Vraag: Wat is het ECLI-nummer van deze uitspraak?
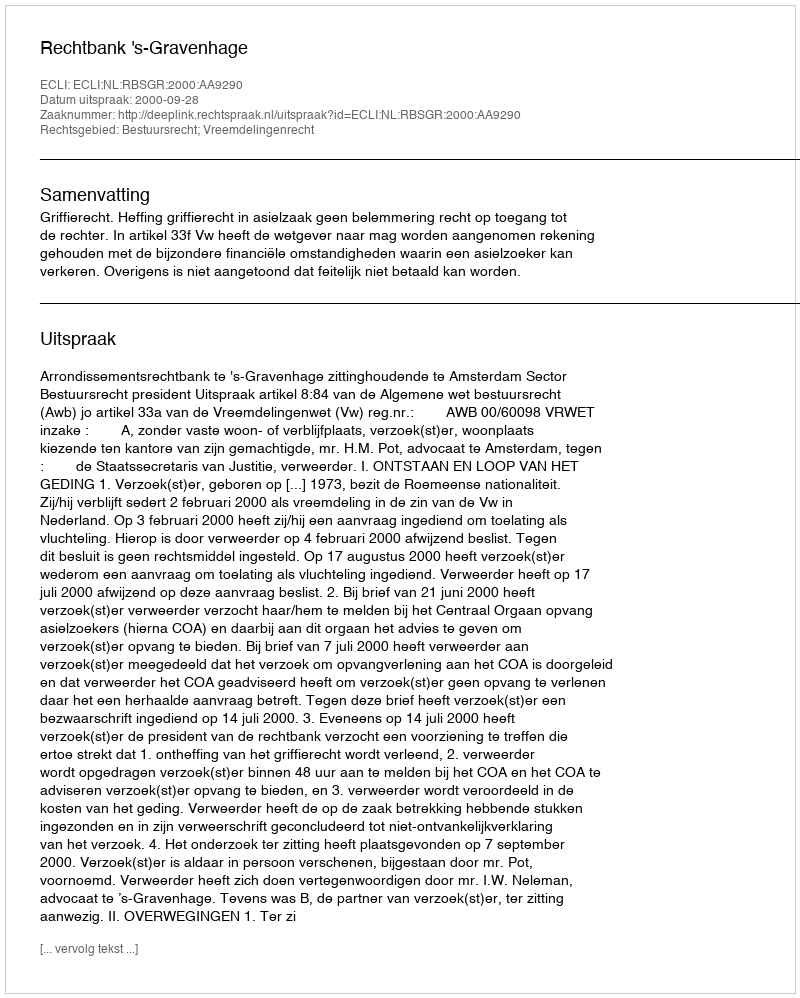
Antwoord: ECLI:NL:RBSGR:2000:AA9290